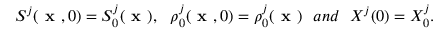
S ^ { j } ( \textbf { x } , 0 ) = S _ { 0 } ^ { j } ( \textbf { x } ) , ~ ~ \rho _ { 0 } ^ { j } ( \textbf { x } , 0 ) = \rho _ { 0 } ^ { j } ( \textbf { x } ) ~ ~ a n d ~ ~ X ^ { j } ( 0 ) = X _ { 0 } ^ { j } .